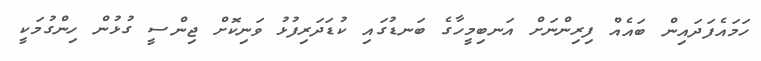
ހަމައެފަދައިން ބައެއް ފިރިންނަށް އަނބިމީހާގެ ބަނޑުގައި ކުޑަދަރިފުޅު ވަނިކޮށް ޖިންސީ ގުޅުން ހިންގުމަކީ